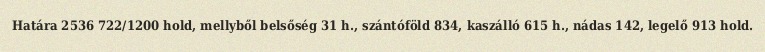
Határa 2536 722/1200 hold, mellyből belsőség 31 h., szántóföld 834, kaszálló 615 h., nádas 142, legelő 913 hold.